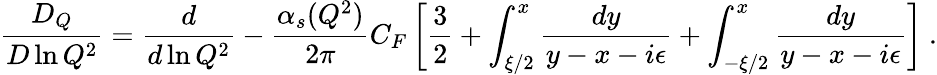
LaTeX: {\frac{D_{Q}}{D\ln Q^{2}}}={\frac{d}{d\ln Q^{2}}}-{\frac{\alpha_{s}(Q^{2})}{2\pi}}C_{F}\left[{\frac{3}{2}}+\int_{\xi/2}^{x}{\frac{dy}{y-x-i\epsilon}}+\int_{-\xi/2}^{x}{\frac{dy}{y-x-i\epsilon}}\right]\ .